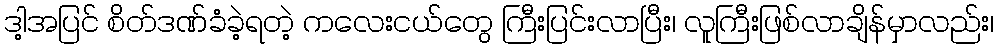
ဒါ့အပြင် စိတ်ဒဏ်ခံခဲ့ရတဲ့ ကလေးငယ်တွေ ကြီးပြင်းလာပြီး၊ လူကြီးဖြစ်လာချိန်မှာလည်း၊